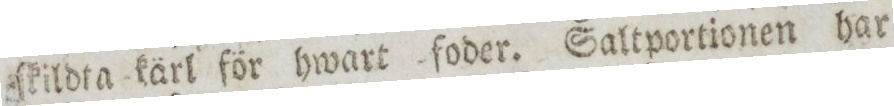
ſkildta kärl för hwart ſoder. Saltportionen har